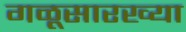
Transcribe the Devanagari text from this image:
गळूसारख्या